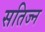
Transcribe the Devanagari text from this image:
सतिज्न